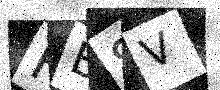
Text: FB8V